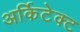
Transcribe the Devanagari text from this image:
अर्किटेक्ट